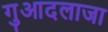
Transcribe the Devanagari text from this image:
गुआदलाजा